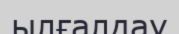
ылғалдау